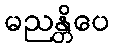
မညန္တိပေ